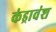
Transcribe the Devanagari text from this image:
कंड्रावंश